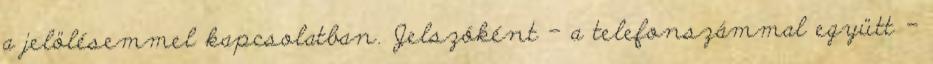
a jelölésemmel kapcsolatban. Jel­szóként – a telefonszámmal együtt -